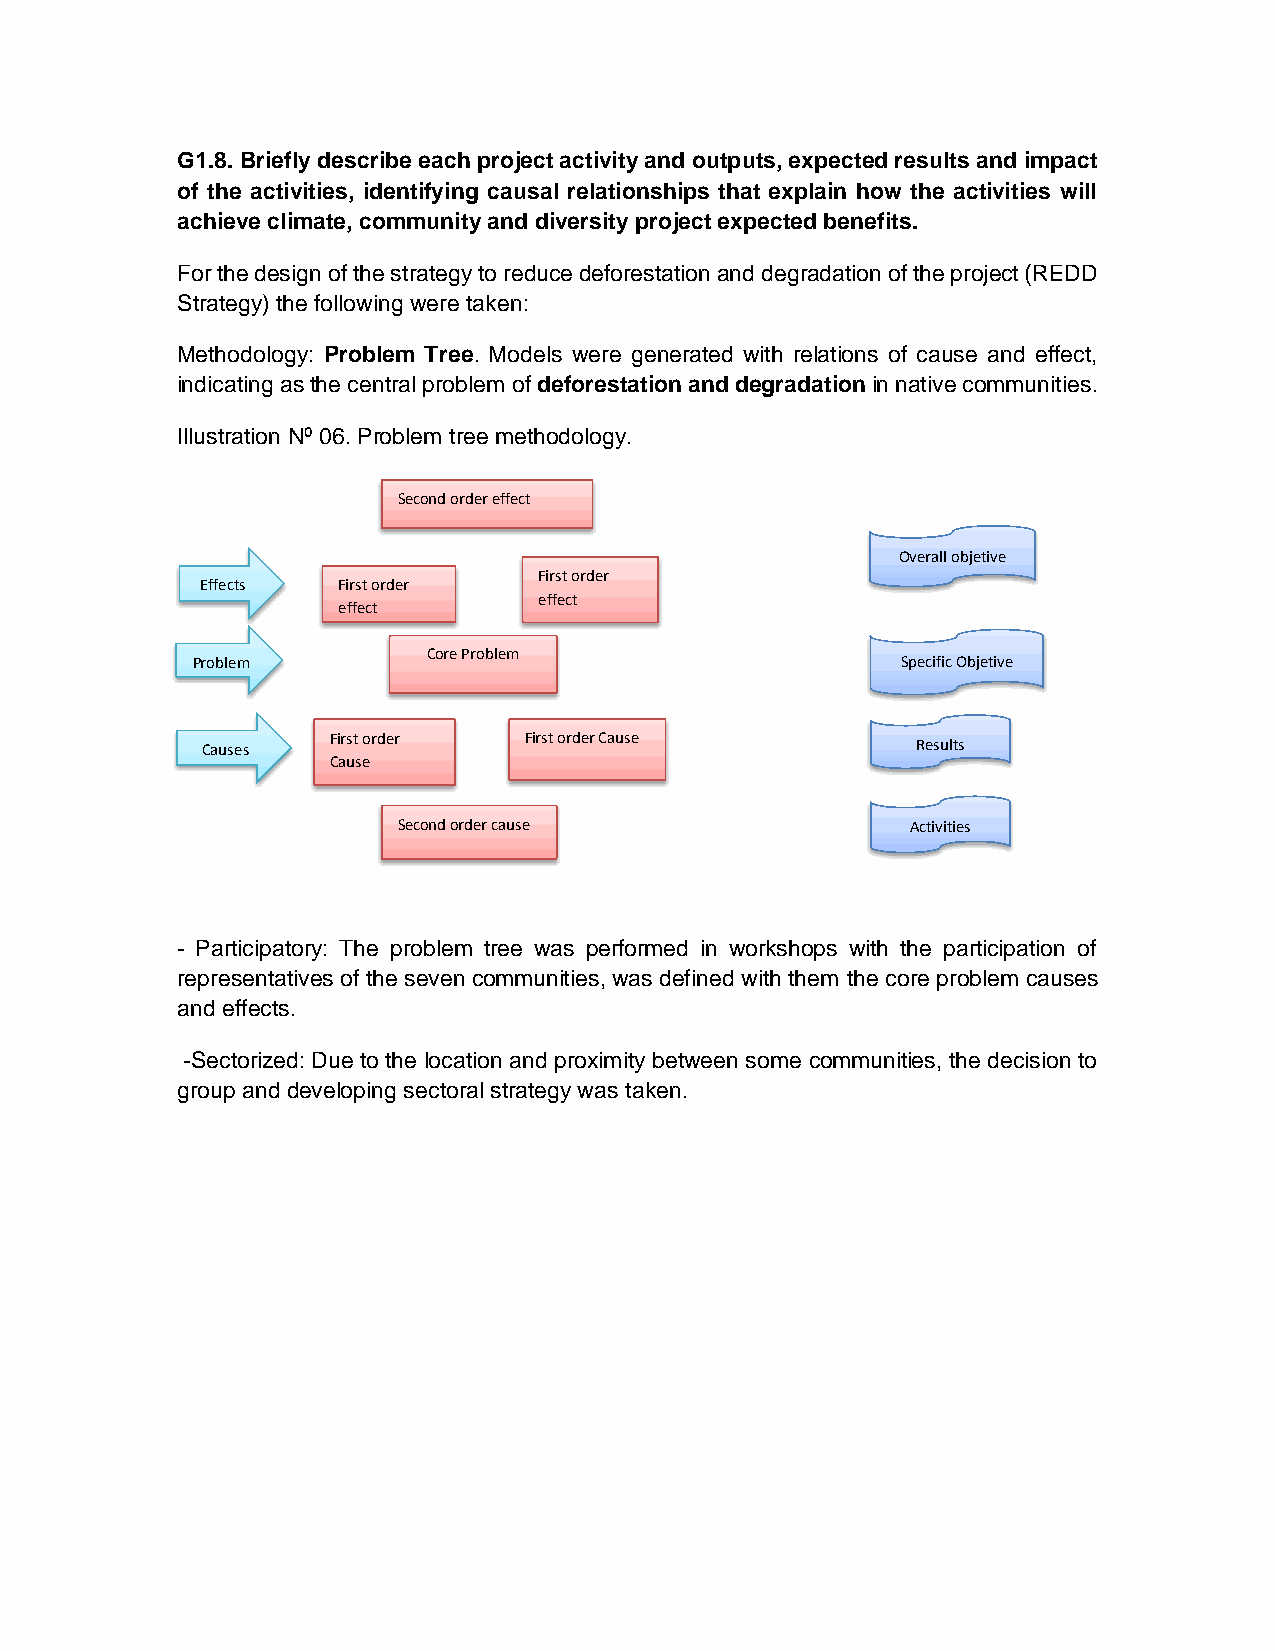
G1.8. Briefly describe each project activity and outputs, expected results and impact
 of the activities, identifying causal relationships that explain how the activities will
 achieve climate, community and diversity project expected benefits.
 For the design of the strategy to reduce deforestation and degradation of the project (REDD
 Strategy) the following were taken:
 Methodology: Problem Tree. Models were generated with relations of cause and effect,
 indicating as the central problem of deforestation and degradation in native communities.
 Illustration Nº 06. Problem tree methodology.
 Second order effect
 Overall objetive
 First order
 Effects  First order
 effect
 effect
 Core Problem
 Problem                                        Specific Objetive
 Causes   First order  First order Cause         Results
 Cause
 Second order cause                Activities
 - Participatory: The problem tree was performed in workshops with the participation of
 representatives of the seven communities, was defined with them the core problem causes
 and effects.
 -Sectorized: Due to the location and proximity between some communities, the decision to
 group and developing sectoral strategy was taken.